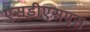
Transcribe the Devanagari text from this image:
एसडीएसएस